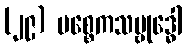
(၂၉) ပစ္စေကသမ္ဗုဒ္ဓေါ